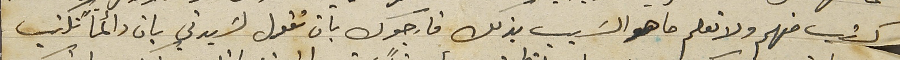
كتب منهم ولا نعلم ما هو السَبب بذلك فارجوك بأن تقول لسَيدتي بان دائماً تكتب